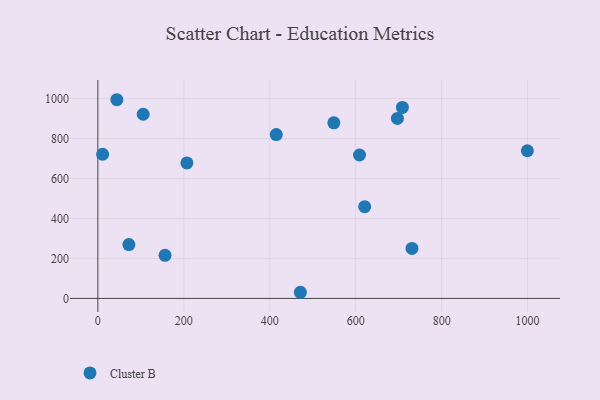
{"axis": {"x": "Price", "y": "Exam Score"}, "legend": ["Cluster B"], "data": [{"x": "620.9", "y": 458.4, "type": "Cluster B"}, {"x": "999.5", "y": 738.0, "type": "Cluster B"}, {"x": "697.1", "y": 899.7, "type": "Cluster B"}, {"x": "72.2", "y": 269.2, "type": "Cluster B"}, {"x": "11.1", "y": 720.5, "type": "Cluster B"}, {"x": "549.1", "y": 877.8, "type": "Cluster B"}, {"x": "44.2", "y": 993.1, "type": "Cluster B"}, {"x": "156.3", "y": 215.6, "type": "Cluster B"}, {"x": "415.2", "y": 818.9, "type": "Cluster B"}, {"x": "708.7", "y": 954.5, "type": "Cluster B"}, {"x": "105.5", "y": 920.6, "type": "Cluster B"}, {"x": "608.9", "y": 716.8, "type": "Cluster B"}, {"x": "207.2", "y": 677.2, "type": "Cluster B"}, {"x": "471.3", "y": 30.7, "type": "Cluster B"}, {"x": "731.0", "y": 249.7, "type": "Cluster B"}]}